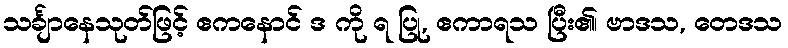
သင်္ချာနေသုတ်ဖြင့် ဧကနောင် ဒ ကို ရ ပြု, ဧကာရသ ပြီး၏၊ ဗာဒသ, တေဒသ